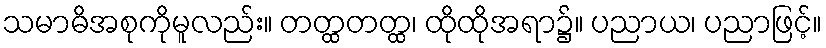
သမာဓိအစုကိုမူလည်း။ တတ္ထတတ္ထ၊ ထိုထိုအရာ၌။ ပညာယ၊ ပညာဖြင့်။